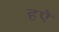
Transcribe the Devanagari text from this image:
हऐ